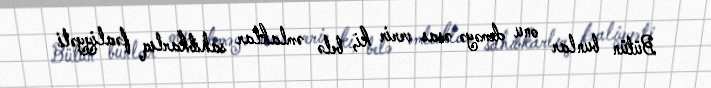
Bütün bunlar onu deməyə əsas verir ki, belə əmlaklar sahibkarlıq fəaliyyəti